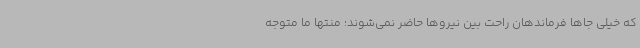
که خیلی جاها فرماندهان راحت بین نیروها حاضر نمی‌شوند؛ منتها ما متوجه